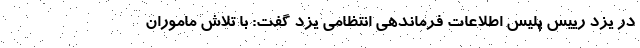
در یزد رییس پلیس اطلاعات فرماندهی انتظامی یزد گفت: با تلاش ماموران